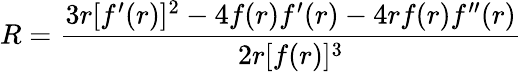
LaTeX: R={\frac{3r[f^{\prime}(r)]^{2}-4f(r)f^{\prime}(r)-4rf(r)f^{\prime\prime}(r)}{2r[f(r)]^{3}}}